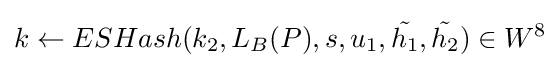
k\leftarrow ESHash(k_{2},L_{B}(P),s,u_{1},{\tilde {h_{1}}},{\tilde {h_{2}}})\in W^{8}